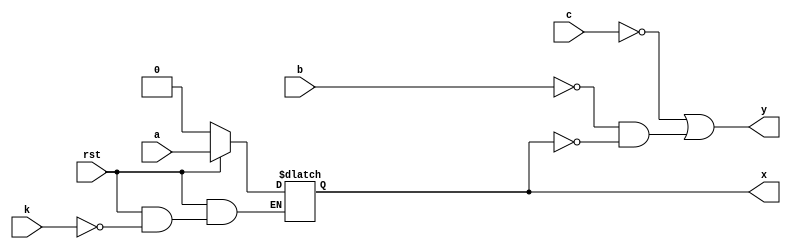
module clb_dc(
	input a,
	input b,
	input c,
	input k,
	input rst,
	output x,
	output y
);
	
	wire f, g;
	reg q;
	
	assign f = a;
	assign g = ~c | ~b & ~q;
	
	always @(*) begin
		if (rst == 1'b0) begin
			q = 1'b0;
		end else if (k == 1'b1) begin
			q = f;
		end
	end
	
	assign x = q;
	assign y = g;
	
endmodule